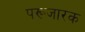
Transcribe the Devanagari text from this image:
परूजारक